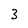
Character: 3